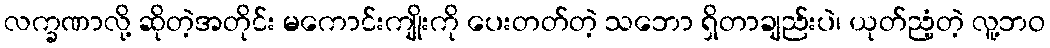
လက္ခဏာလို့ ဆိုတဲ့အတိုင်း မကောင်းကျိုးကို ပေးတတ်တဲ့ သဘော ရှိတာချည်းပဲ၊ ယုတ်ညံ့တဲ့ လူ့ဘဝ